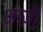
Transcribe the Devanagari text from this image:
अम्ज़ी